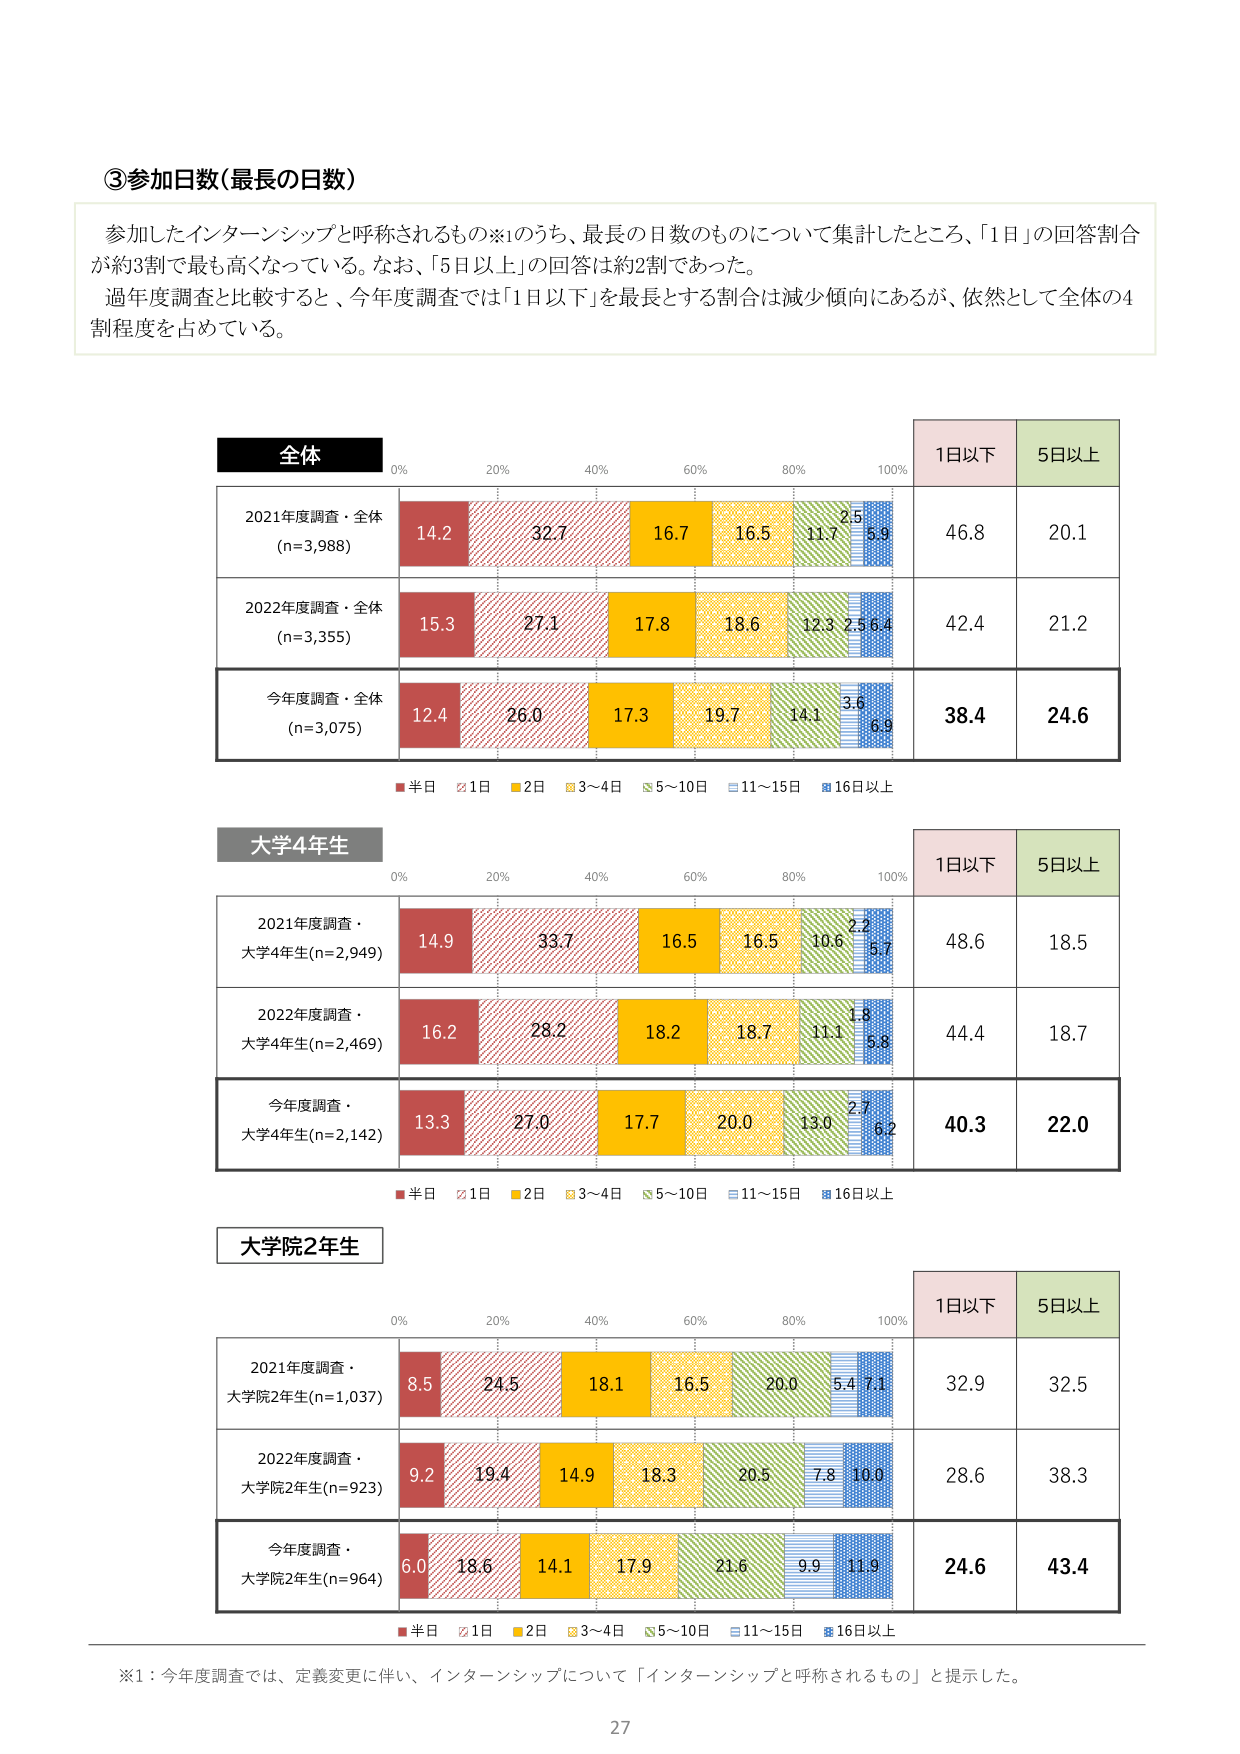
③参加日数（最長の日数）

参加したインターンシップと呼称されるもの※1のうち、最長の日数のものについて集計したところ、「1日」の回答割合が約3割で最も高くなっている。なお、「5日以上」の回答は約2割であった。
過年度調査と比較すると、今年度調査では「1日以下」を最長とする割合は減少傾向にあるが、依然として全体の4割程度を占めている。

全体
0% 20% 40% 60% 80% 100%
1日以下 5日以上
2021年度調査・全体 (n=3,988) 14.2 32.7 16.7 16.5 11.7 5.9 46.8 20.1
2022年度調査・全体 (n=3,355) 15.3 27.1 17.8 18.6 12.3 5.6 42.4 21.2
今年度調査・全体 (n=3,075) 12.4 26.0 17.3 19.7 14.1 6.9 38.4 24.6
■半日 □1日 ■2日 ■3～4日 ■5～10日 ■11～15日 ■16日以上

大学4年生
0% 20% 40% 60% 80% 100%
1日以下 5日以上
2021年度調査・大学4年生(n=2,949) 14.9 33.7 16.5 16.5 10.6 5.7 48.6 18.5
2022年度調査・大学4年生(n=2,469) 16.2 28.2 18.2 18.7 11.1 5.8 44.4 18.7
今年度調査・大学4年生(n=2,142) 13.3 27.0 17.7 20.0 13.0 6.2 40.3 22.0
■半日 □1日 ■2日 ■3～4日 ■5～10日 ■11～15日 ■16日以上

大学院2年生
0% 20% 40% 60% 80% 100%
1日以下 5日以上
2021年度調査・大学院2年生(n=1,037) 8.5 24.5 18.1 16.5 20.0 5.4 7.1 32.9 32.5
2022年度調査・大学院2年生(n=923) 9.2 19.4 14.9 18.3 20.5 7.8 10.0 28.6 38.3
今年度調査・大学院2年生(n=964) 6.0 18.6 14.1 17.9 21.6 9.9 11.9 24.6 43.4
■半日 □1日 ■2日 ■3～4日 ■5～10日 ■11～15日 ■16日以上

※1：今年度調査では、定義変更に伴い、インターンシップについて「インターンシップと呼称されるもの」と提示した。

27